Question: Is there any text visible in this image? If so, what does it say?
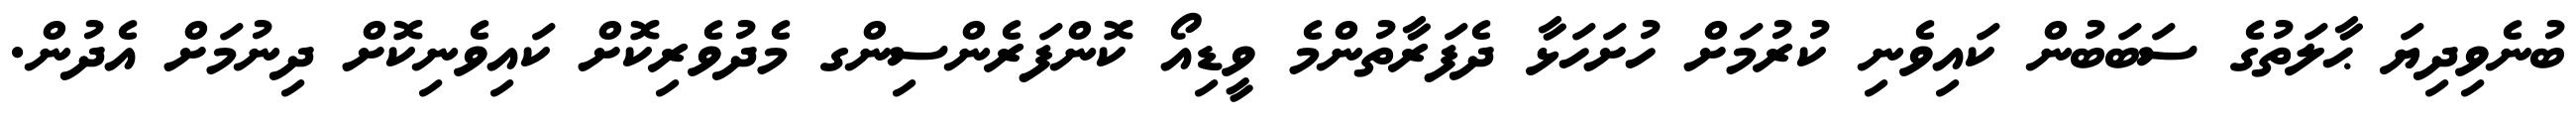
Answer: ބުނެވިދިޔަ ޙާލަތުގެ ސަބަބުން ކައިވެނި ކުރުމަށް ހުށަހަޅާ ދެފަރާތުންމެ ވީޑިއޯ ކޮންފަރެންސިންގ މެދުވެރިކޮށް ކައިވެނިކޮށް ދިނުމަށް އެދުން.